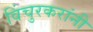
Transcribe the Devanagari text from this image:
विंचुरकरांनी